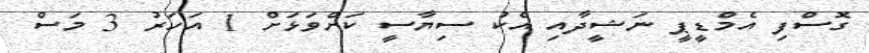
ގޮސްފި އެމްޑީޕީ ނަޝީދާއި އެކު ސިޔާސީ ކަށްވަޅަށް 1 އަހަރު 3 މަސް